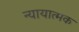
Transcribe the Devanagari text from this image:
न्यायात्मक